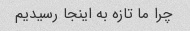
چرا ما تازه به اینجا رسیدیم